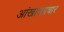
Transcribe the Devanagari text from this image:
आंखाउपचार